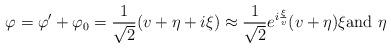
LaTeX: \begin{align*}\varphi =\varphi ^{\prime }+\varphi _{0}=\frac{1}{\sqrt{2}}(v+\eta +i\xi)\approx \frac{1}{\sqrt{2}}e^{i\frac{\xi }{v}}(v+\eta )\xi \text{and }\eta \end{align*}